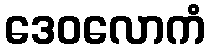
ဒေဝလောကံ